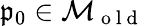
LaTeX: \mathfrak{p}_{0}\in\mathcal{{M}}_{\mathrm{{~o~l~d~}}}